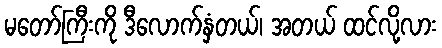
မတော်ကြီးကို ဒီလောက်နှံတယ်၊ အတယ် ထင်လို့လား